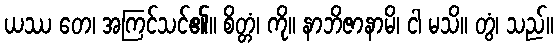
ယဿ တေ၊ အကြင်သင်၏။ စိတ္တံ၊ ကို။ နာဘိဇာနာမိ၊ ငါ မသိ။ တွံ၊ သည်။